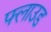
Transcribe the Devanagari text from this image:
फ्लाउड